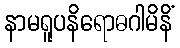
နာမရူပနိရောဓဂါမိနိံ